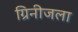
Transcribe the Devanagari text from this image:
ग्रिनीजला